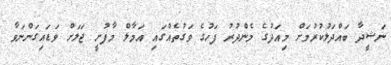
ނަޝީދާ ބައްދަލުކުރުމަށް މިއަދުގެ މެންދުރު ފަހުގެ ވަގުތެއްގައި އަމާލް މާފުށީ ޖަލަށް ވަޑައިގަންނަވާ